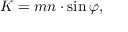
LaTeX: K = m n \cdot \sin \varphi ,